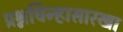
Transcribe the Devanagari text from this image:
प्रश्नचिन्हासारखा